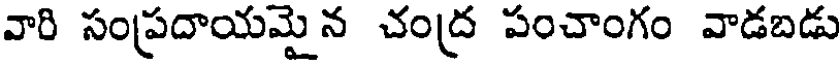
వారి సంప్రదాయమైన చంద్ర పంచాంగం వాడబడు